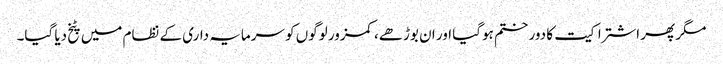
مگر پھر اشتراکیت کا دور ختم ہوگیا اور ان بوڑھے، کمزور لوگوں کو سرمایہ داری کے نظام میں پٹخ دیا گیا۔